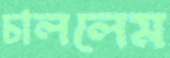
চাললেম